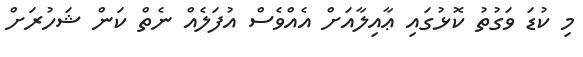
މި ކުޑަ ވަގުތު ކޮޅުގައި ޢާއިލާއަށް އެއްވެސް އުފަލެއް ނެތް ކަން ޝަހުރަށް